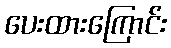
ပေးထားကြောင်း